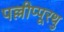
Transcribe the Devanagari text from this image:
पल्लीप्पूरथु